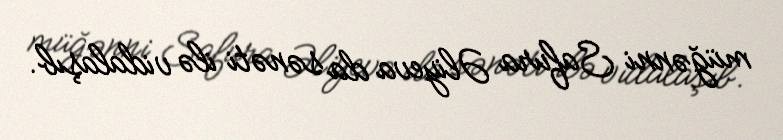
müğənni Safura Əliyeva da sənəti ilə vidalaşıb.